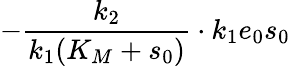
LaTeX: -\frac{k_{2}}{k_{1}(K_{M}+s_{0})}\cdot k_{1}e_{0}s_{0}